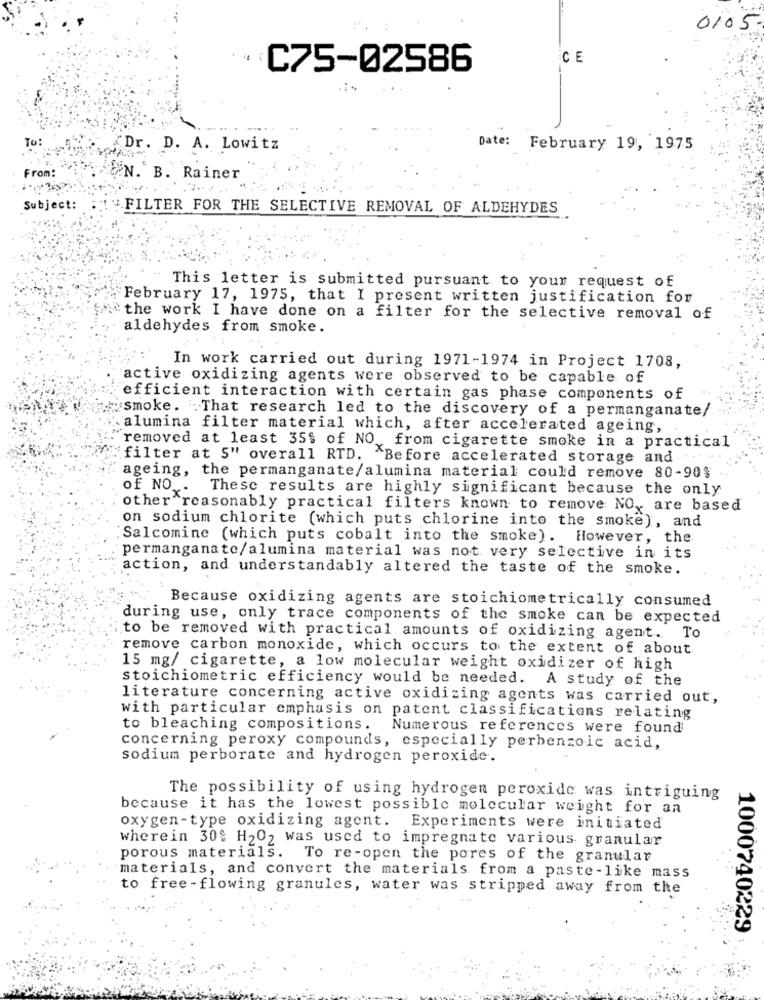
0105
CE
C75-02586
Dr. D. A. Lowitz
Date: February 19, 1975
From:
N. B. Rainer
Subject:
FILTER FOR THE SELECTIVE REMOVAL OF ALDEHYDES
This letter is submitted pursuant to your request of
February 17, 1975, that I present written justification for
the work I have done on a filter for the selective removal of
aldehydes from smoke.
In work carried out during 1971-1974 in Project 1708,
active oxidizing agents were observed to be capable of
efficient interaction with certain gas phase components of
smoke. . That research led to the discovery of a permanganate/
alumina filter material which, after accelerated ageing,
removed at least 35% of NO from cigarette smoke in a practical
"filter at S" overall RTD. "Before accelerated storage and
ageing, the permanganate/alumina material could remove 80-90%
of NO . These results are highly significant because the only
other reasonably practical filters known to remove NO, are based
on sodium chlorite (which puts chlorine into the smoke), and
Salcomine (which puts cobalt into the smoke). However, the
permanganate/alumina material was not very selective in its
action, and understandably altered the taste of the smoke.
Because oxidizing agents are stoichiometrically consumed
during use, only trace components of the smoke can be expected
to be removed with practical amounts of oxidizing agent. To
remove carbon monoxide, which occurs to the extent of about
15 mg/ cigarette, a low molecular weight oxidizer of high
stoichiometric efficiency would be needed. A study of the
literature concerning active oxidizing agents was carried out,
with particular emphasis on patent classifications relating
to bleaching compositions.
Numerous references were found
concerning peroxy compounds, especially perbenzoic acid,
sodium perborate and hydrogen peroxide.
The possibility of using hydrogen peroxide was intriguing
because it has the lowest possible molecular weight for an
oxygen-type oxidizing agent. Experiments were initiated
wherein 30: H2O2 was used to impregnate various granular
porous materials. To re-open the pores of the granular
materials, and convert the materials from a paste-like mass
to free-flowing granules, water was stripped away from the
1000740229